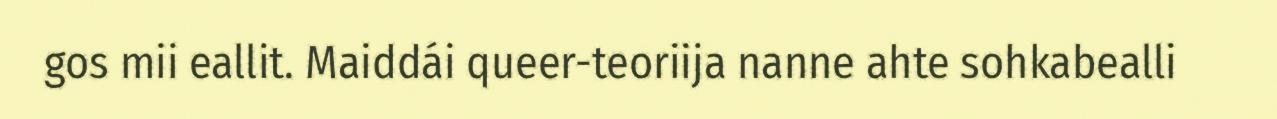
gos mii eallit. Maiddái queer-teoriija nanne ahte sohkabealli